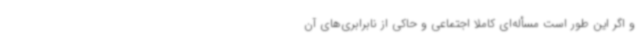
و اگر این طور است مسأله‌ای کاملاً اجتماعی و حاکی از نابرابری‌های آن